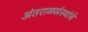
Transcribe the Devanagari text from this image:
अंतराळसंस्थांचे